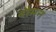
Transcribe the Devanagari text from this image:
बौमन